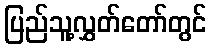
ပြည်သူ့လွှတ်တော်တွင်